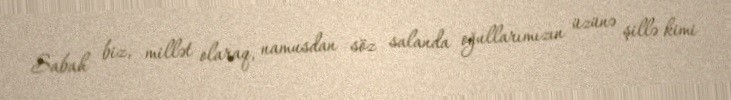
Sabah biz, millət olaraq, namusdan söz salanda oğullarımızın üzünə şillə kimi